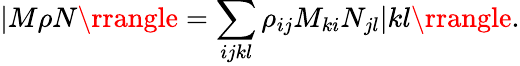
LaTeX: |M\rho N\rrangle=\sum_{ijkl}\rho_{ij}M_{ki}N_{jl}|kl\rrangle.